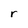
Character: r